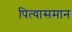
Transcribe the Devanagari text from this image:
पित्यासमान